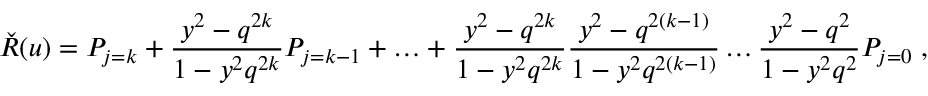
\check { R } ( u ) = P _ { j = k } + \frac { y ^ { 2 } - q ^ { 2 k } } { 1 - y ^ { 2 } q ^ { 2 k } } P _ { j = k - 1 } + \ldots + \frac { y ^ { 2 } - q ^ { 2 k } } { 1 - y ^ { 2 } q ^ { 2 k } } \frac { y ^ { 2 } - q ^ { 2 ( k - 1 ) } } { 1 - y ^ { 2 } q ^ { 2 ( k - 1 ) } } \ldots \frac { y ^ { 2 } - q ^ { 2 } } { 1 - y ^ { 2 } q ^ { 2 } } P _ { j = 0 } \; ,